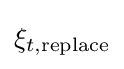
\xi _{t,{\text{replace}}}